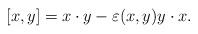
LaTeX: \begin{align*} [x, y] = x \cdot y -\varepsilon(x,y) y \cdot x.\end{align*}